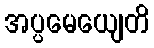
အပ္ပမေယျေတိ